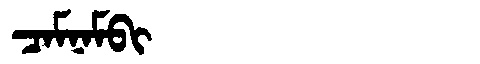
Manchu: ᠴᠠᠮᠨᠠᠮᠪᡳ
Romanization: CAMNAMBI